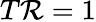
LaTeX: T\mathcal{R}=1